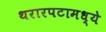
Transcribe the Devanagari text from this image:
थरारपटामध्ये